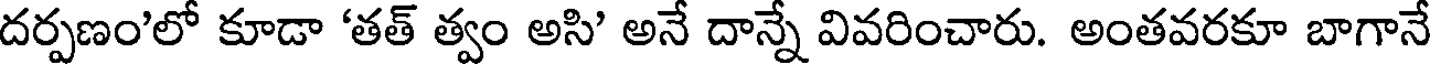
దర్పణం'లో కూడా 'తత్ త్వం అసి' అనే దాన్నే వివరించారు. అంతవరకూ బాగానే